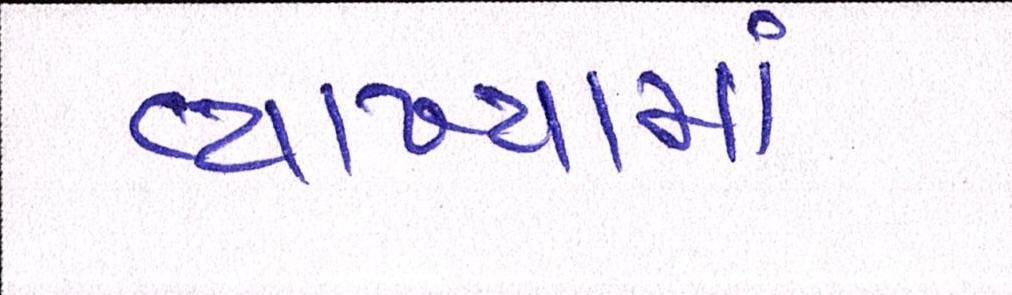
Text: વ્યાખ્યામાં